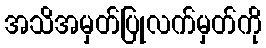
အသိအမှတ်ပြုလက်မှတ်ကို